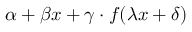
\alpha + \beta x + \gamma \cdot f ( \lambda x + \delta )